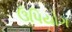
ઉપિયોગ